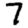
Digit: 7